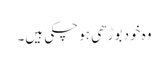
وہ خود بوڑھی ہو چکی ہیں۔